Leaving Certificate Examination (including Day School Certificate (Higher) General paper), 1933
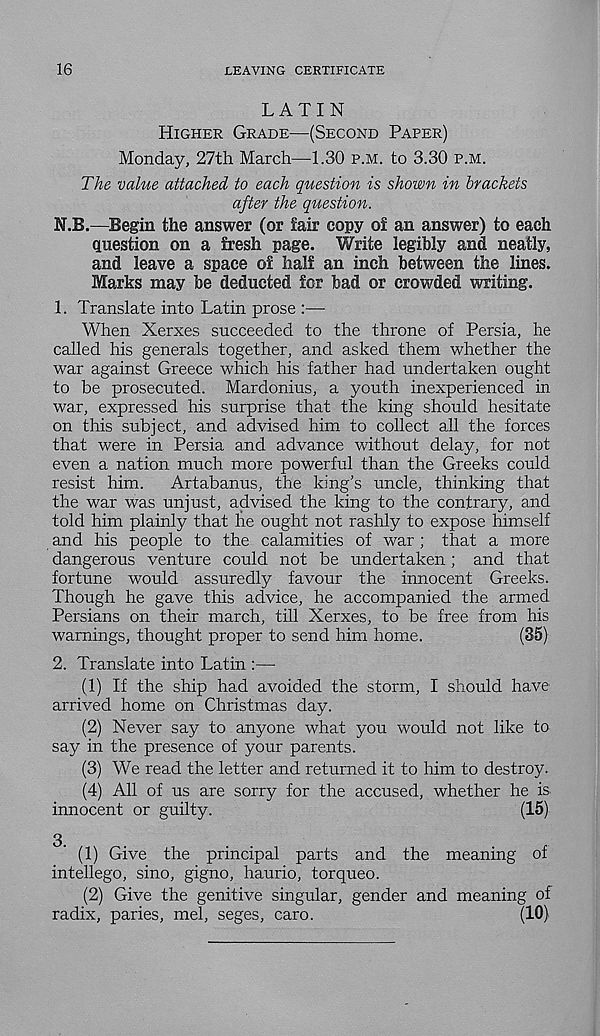
16
LEAVING CERTIFICATE
LATIN
HIGHER GRADE—(SECOND PAPER)
Monday, 27th March—1.30 P.M. to 3.30 P.M.
The value attached to each question is shown in brackets
after the question.
N.B.—Begin the answer (or fair copy of an answer) to each
question on a fresh page. Write legibly and neatly,
and leave a space of half an inch between the lines.
Marks may be deducted for bad or crowded writing.
1. Translate into Latin prose :—
When Xerxes succeeded to the throne of Persia, he
called his generals together, and asked them whether the
war against Greece which his father had undertaken ought
to be prosecuted. Mardonius, a youth inexperienced in
war, expressed his surprise that the king should hesitate
on this subject, and advised him to collect all the forces
that were in Persia and advance without delay, for not
even a nation much more powerful than the Greeks could
resist him. Artabanus, the king’s uncle, thinking that
the war was unjust, advised the king to the contrary, and
told him plainly that he ought not rashly to expose himself
and his people to the calamities of war ; that a more
dangerous venture could not be undertaken; and that
fortune would assuredly favour the innocent Greeks.
Though he gave this advice, he accompanied the armed
Persians on their march, till Xerxes, to be free from his
warnings, thought proper to send him home.
(85)
2. Translate into Latin :—
(1) If the ship had avoided the storm, I should have
arrived home on Christmas day.
(2) Never say to anyone what you would not like to
say in the presence of your parents.
(3) We read the letter and returned it to him to destroy.
(4) All of us are sorry for the accused, whether he is
innocent or guilty.
(15)
3. (1) Give the principal parts and the meaning of
intellego, sino, gigno, haurio, torqueo.
(2) Give the genitive singular, gender and meaning of
radix, paries, mel, seges, caro.
(10)